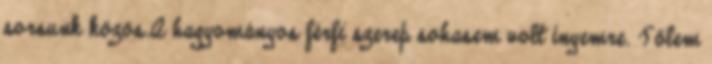
sorsunk közös.A hagyományos férfi szerep sohasem volt ínyemre. Tőlem